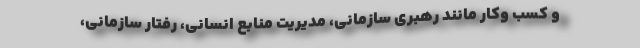
و کسب وکار مانند رهبري سازماني، مدیریت منابع انساني، رفتار سازماني،